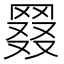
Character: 𦋖